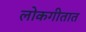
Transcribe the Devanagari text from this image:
लोकगीतात